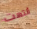
أنتهت